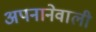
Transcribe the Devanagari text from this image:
अपनानेवाली